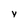
Character: y